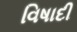
વિષાદી